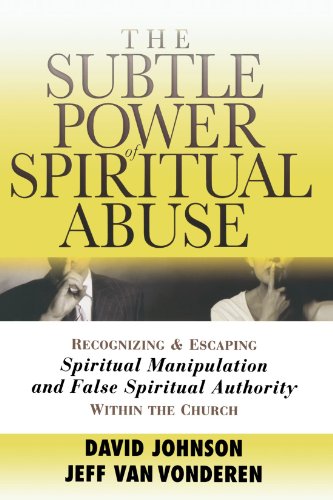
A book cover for The Subtle Power of Spiritual Abuse: Recognizing and Escaping Spiritual Manipulation and False Spiritual Authority Within the Church; David Johnson; Self-Help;